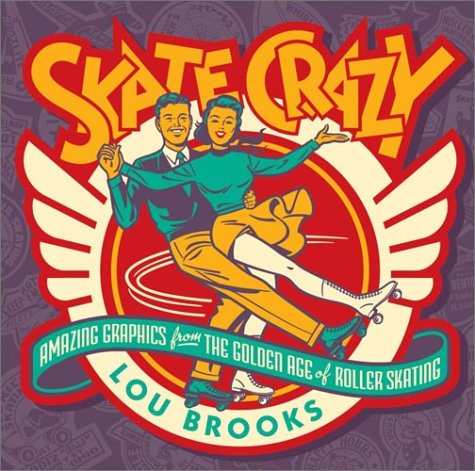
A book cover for Skate Crazy: Amazing Graphics from the Golden Age of Roller Skating; Lou Brooks; Sports & Outdoors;